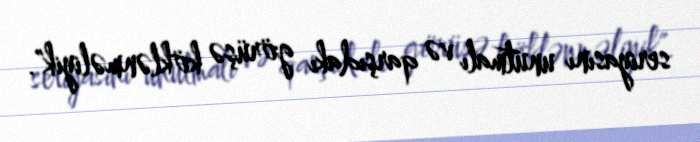
seriyasını unutmalı və qarşıdakı görüşə köklənməliyik".